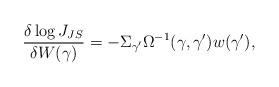
LaTeX: \begin{align*}\frac{\delta \log J_{JS}}{\delta W(\gamma )} = -\Sigma _{\gamma '}\Omega ^{-1}(\gamma , \gamma ')w(\gamma '),\end{align*}